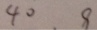
4 0 8